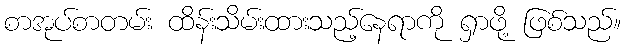
စာအုပ်စာတမ်း ထိန်းသိမ်းထားသည့်နေရာကို ရှာဖို့ ဖြစ်သည်။